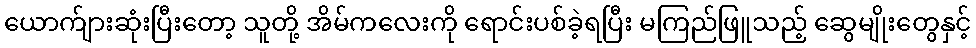
ယောက်ျားဆုံးပြီးတော့ သူတို့ အိမ်ကလေးကို ရောင်းပစ်ခဲ့ရပြီး မကြည်ဖြူသည့် ဆွေမျိုးတွေနှင့်